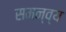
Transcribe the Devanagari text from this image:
समन्व्य